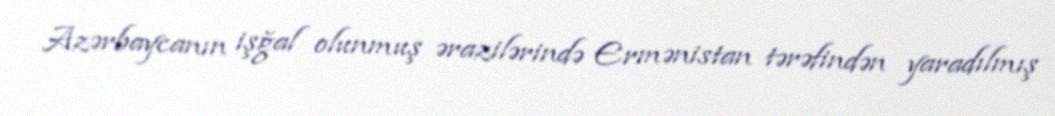
Azərbaycanın işğal olunmuş ərazilərində Ermənistan tərəfindən yaradılmış